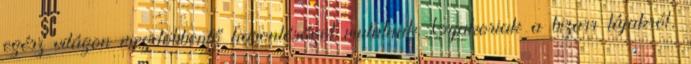
egész világon megdöbbentő hasonlóságot mutatnak. Gyakoriak a bizarr tájakról,